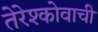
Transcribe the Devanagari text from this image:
तेरेश्कोवाची